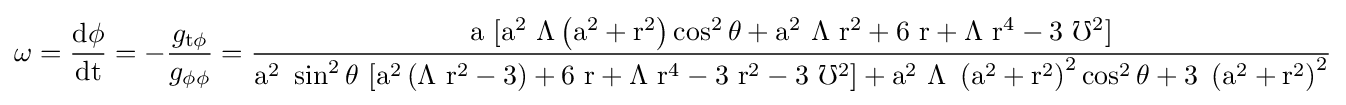
\omega ={\frac {\rm {d\phi }}{\rm {dt}}}=-{\frac {g_{\rm {t\phi }}}{g_{\rm {\phi \phi }}}}={\rm {\frac {a\ [a^{2}\ \Lambda \left(a^{2}+r^{2}\right)\cos ^{2}\theta +a^{2}\ \Lambda \ r^{2}+6\ r+\Lambda \ r^{4}-3\ \mho ^{2}]}{a^{2}\ \sin ^{2}\theta \ [a^{2}\left(\Lambda \ r^{2}-3\right)+6\ r+\Lambda \ r^{4}-3\ r^{2}-3\ \mho ^{2}]+a^{2}\ \Lambda \ \left(a^{2}+r^{2}\right)^{2}\cos ^{2}\theta +3\ \left(a^{2}+r^{2}\right)^{2}}}}